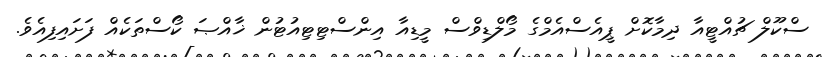
ސްކޫލް ޗުއްޓީއާ ދިމާކޮށް ޕީއެސްއެމްގެ މޯލްޑިވްސް މީޑިއާ އިންސްޓިޓިއުޓުން ޚާއްޞަ ކޯސްތަކެއް ފަށައިފިއެވެ.